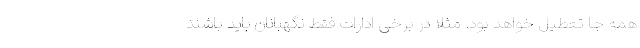
همه جا تعطیل خواهد بود. مثلاً در برخی ادارات فقط نگهبانان باید باشند